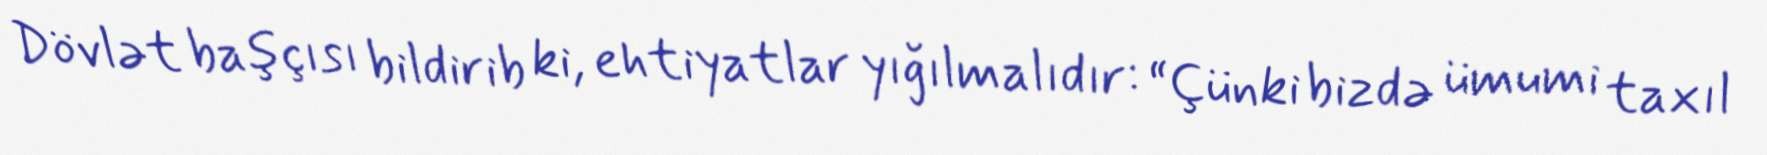
Dövlət başçısı bildirib ki, ehtiyatlar yığılmalıdır: “Çünki bizdə ümumi taxıl